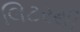
લિટરથી